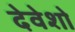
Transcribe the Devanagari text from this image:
देवेशो